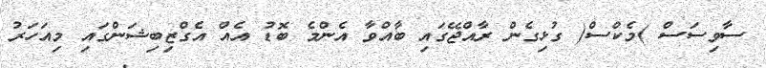
ސާވިސަސް )މެކްސް( ގުޅިގެން ރާއްޖޭގައި ބާއްވާ އެންމެ ބޮޑު އެއް އެގްޒިބިޝަންގައި މިއަހަރު